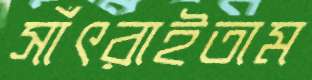
সাঁৎরাইতাম